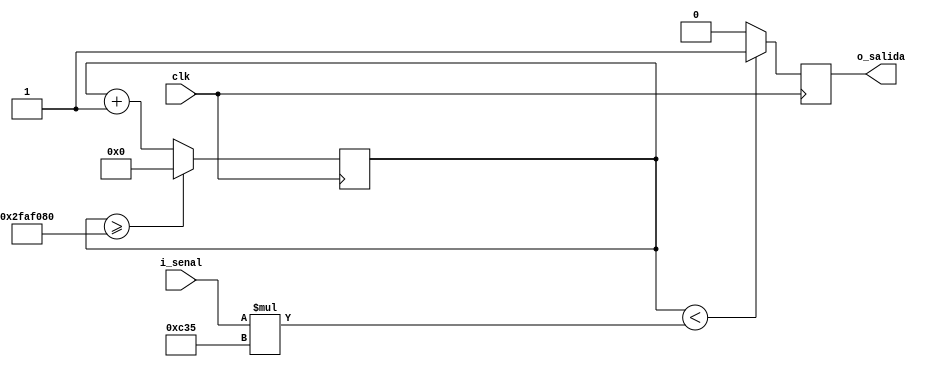
`timescale 1ns / 1ps
//////////////////////////////////////////////////////////////////////////////////
// Company: 
// Engineer: 
// 
// Design Name: 
// Module Name:    trece 
// Project Name: 
// Target Devices: 
// Tool versions: 
// Description: 
/*
13.	Describa en Verilog e implemente en el kit BASYS 2 un PWM con resolucin
 de 4 bits. Deber modular el ancho de pulso de una onda cuadrada externa, la cual 
 se introducir a la placa a travs de alguno de los pines disponibles para seales
 externas. Se Deber determinar la mxima frecuencia de seal de entrada que su 
 circuito puede modular.
*/
// Dependencies: 
//
// Revision: 
// Revision 0.01 - File Created
// Additional Comments: 
//
//////////////////////////////////////////////////////////////////////////////////
module trece

	/*
	Tengo el clk de 50MHz, y quiero que la seal se actualice cada 1ms
	entonces mi perodo ser:
	P = t_actualizacion * clk
	P = 0.001 * 50000000 = 50000 s = 50Ks
	
	Con esto puedo calcular lel "retardo de paso" , como tengo resolucin de 2 ^ N_BITS =16 pasos
	Entonces:
	retardo = P / pasos
	retardo = 50000 / 16  = 3125
	
	*/
	#(parameter cincuenta_M = 50000000, parameter retardo = 3125)
	(
	input i_senal, clk,
	output reg o_salida
    );
	
	reg [15:0] contador = 0;
	
	always @ (posedge clk)
	begin
		contador <= contador +1;
		
		if(contador < i_senal * retardo)
			o_salida <= 1;
		else
			o_salida <= 0;
		
		if (contador >= cincuenta_M)
			contador <= 0;
			
	end
	
endmodule